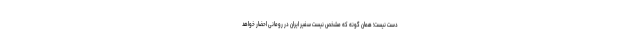
دست نیست؛ همان گونه که مشخص نیست سفیر ایران در رومانی احضار خواهد